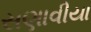
સણાવીયા